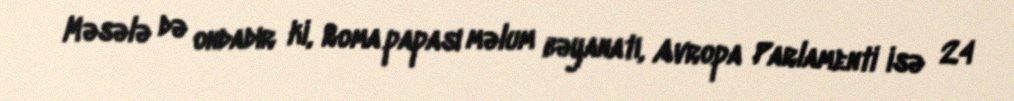
Məsələ də ondadır ki, Roma papası məlum bəyanatı, Avropa Parlamenti isə 24